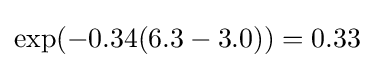
\exp(-0.34(6.3-3.0))=0.33